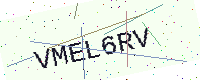
Text: VMEL6RV